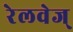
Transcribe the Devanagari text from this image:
रेलवेज्